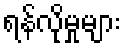
ရန်လိုမှုများ